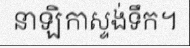
នាឡិកាស្ទង់ទឹក។